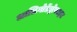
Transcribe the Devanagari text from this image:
आलिगोडेंड्रोसाइट